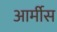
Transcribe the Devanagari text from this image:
आर्मीस